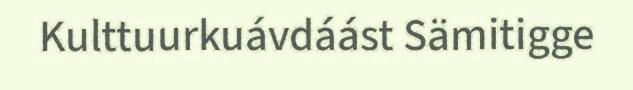
Kulttuurkuávdáást Sämitigge